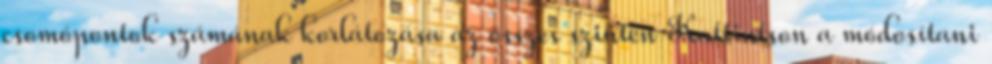
csomópontok számának korlátozása az összes szinten Kattintson a módosítani